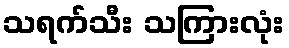
သရက်သီး သကြားလုံး